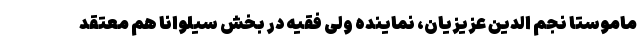
ماموستا نجم الدین عزیزیان، نماینده ولی فقیه در بخش سیلوانا هم معتقد